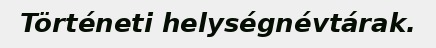
Történeti helységnévtárak.